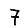
Digit: 7